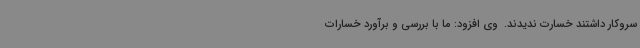
سروکار داشتند خسارت ندیدند. ‌ وی افزود: ما با بررسی و برآورد خسارات